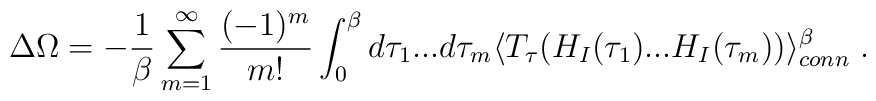
\Delta \Omega = -{1\over {\beta}} \sum_{m=1}^{\infty} \frac {(-1)^m} {m!} \int_0^{\beta} d \tau_1 ... d \tau_m \langle T_{\tau} ( H_I(\tau_1) ... H_I(\tau_m) ) \rangle_{conn}^{\beta} \; .